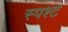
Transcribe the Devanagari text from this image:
स्पश्‍ट